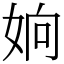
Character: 姠